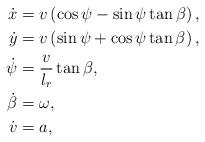
LaTeX: \begin{align*} \dot{x} &= v\left(\cos{\psi} - \sin{\psi}\tan{\beta}\right), \\ \dot{y} &= v\left(\sin{\psi} + \cos{\psi}\tan{\beta}\right), \\ \dot{\psi} &= \frac{v}{l_r}\tan{\beta}, \\ \dot{\beta} &= \omega, \\ \dot{v} &= a,\end{align*}